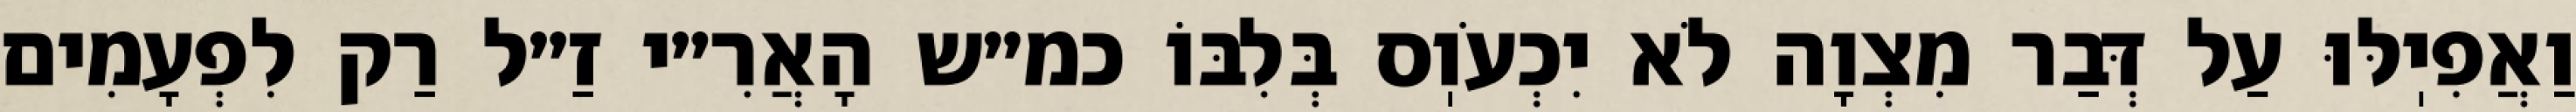
וַאֲפִיֽלּוּ עַל דְּבַר מִצְוָה לֹא יִכְעֹוֽס בְּלִבּוֹ כמ״ש הָאֲרִ״י זַ״ל רַק לִפְעָמִים